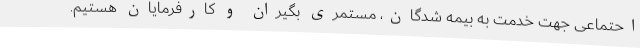
احتماعی جهت خدمت به بیمه شدگان، مستمری بگیران و کارفرمایان هستیم.